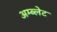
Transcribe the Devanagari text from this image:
अम्ब्लेट